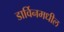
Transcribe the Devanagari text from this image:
डार्विनमधील